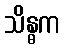
သိန္ဓက